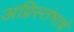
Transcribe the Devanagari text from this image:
अग्निस्तंभाचे